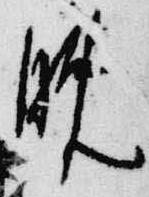
晩